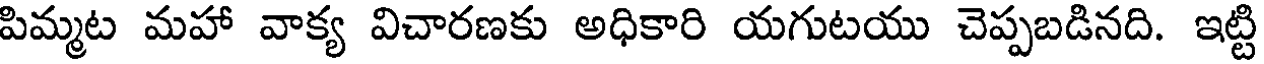
పిమ్మట మహా వాక్య విచారణకు అధికారి యగుటయు చెప్పబడినది. ఇట్టి